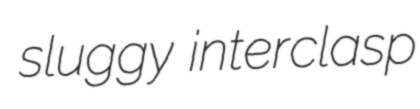
sluggy interclasp